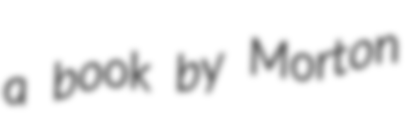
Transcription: a book by Morton